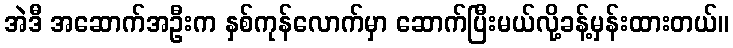
အဲဒီ အဆောက်အဦးက နှစ်ကုန်လောက်မှာ ဆောက်ပြီးမယ်လို့ခန့်မှန်းထားတယ်။